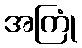
အကြုံ